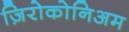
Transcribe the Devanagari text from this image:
ज़िरोकोनिअम